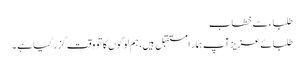
طلباء سے خطاب
طلبائے عزیز آپ ہمار ا مستقبل ہیں، ہم لوگوں کا تو وقت گزر گیا ہے ۔